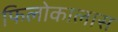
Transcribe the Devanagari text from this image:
फिलोकालास